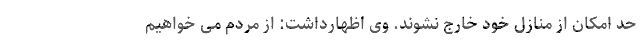
حد امکان از منازل خود خارج نشوند. وی اظهارداشت: از مردم می خواهیم